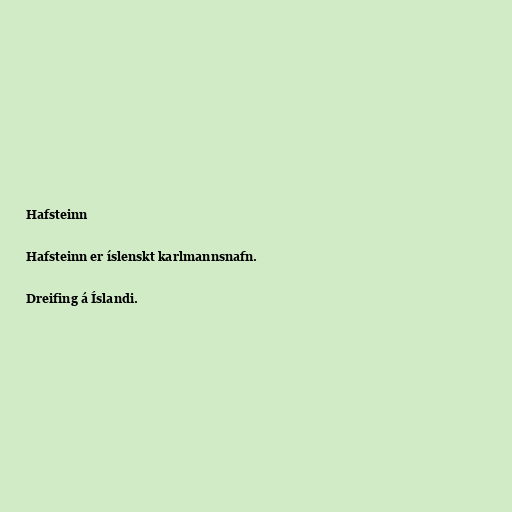
Hafsteinn

Hafsteinn er íslenskt karlmannsnafn.

Dreifing á Íslandi.